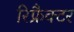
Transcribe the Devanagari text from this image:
रिफ्रैक्टर